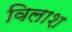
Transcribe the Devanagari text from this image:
विलाश